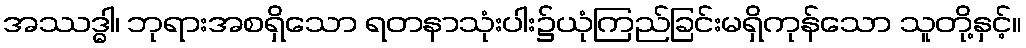
အဿဒ္ဓါ၊ ဘုရားအစရှိသော ရတနာသုံးပါး၌ယုံကြည်ခြင်းမရှိကုန်သော သူတို့နှင့်။